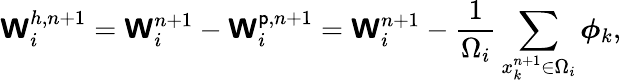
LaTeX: \boldsymbol{\mathsf{W}}_{i}^{h,n+1}=\boldsymbol{\mathsf{W}}_{i}^{n+1}-\boldsymbol{\mathsf{W}}_{i}^{\mathsf{p},n+1}=\boldsymbol{\mathsf{W}}_{i}^{n+1}-\frac{{1}}{{\Omega_{i}}}\sum_{x_{k}^{n+1}\in\Omega_{i}}\boldsymbol{\phi}_{k},